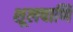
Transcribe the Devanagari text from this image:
शूलपाणि